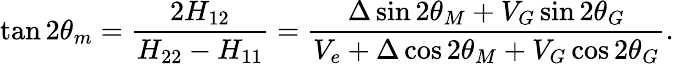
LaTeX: \tan 2\theta_{m}=\frac{2H_{12}}{H_{22}-H_{11}}=\frac{\Delta\sin{2\theta_{M}}+V_{G}\sin{2\theta_{G}}}{V_{e}+\Delta\cos{2\theta_{M}}+V_{G}\cos{2\theta_{G}}}.